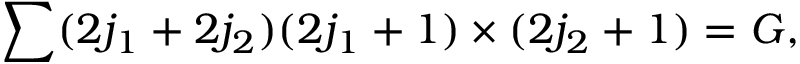
\sum ( 2 j _ { 1 } + 2 j _ { 2 } ) ( 2 j _ { 1 } + 1 ) \times ( 2 j _ { 2 } + 1 ) = G ,